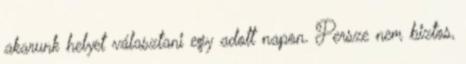
akarunk helyet választani egy adott napon. Persze nem biztos,